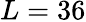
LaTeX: L=36